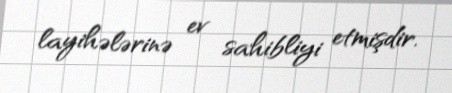
layihələrinə ev sahibliyi etmişdir.